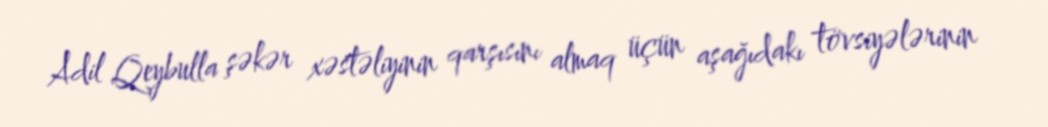
Adil Qeybulla şəkər xəstəliyinin qarşısını almaq üçün aşağıdakı tövsiyələrinin